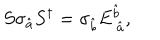
S \sigma _ { \hat { a } } S ^ { \dagger } = \sigma _ { \hat { b } } E _ { \mathrm { ~ } \hat { a } } ^ { \hat { b } } ,